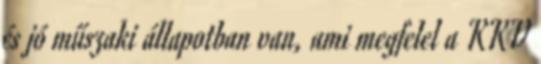
és jó műszaki állapotban van, ami megfelel a KKV